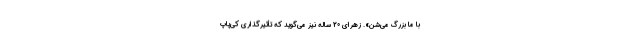
با ما بزرگ می‌شن». زهرای 20 ساله نیز می‌گوید که تأثیرگذاری کی‌پاپ